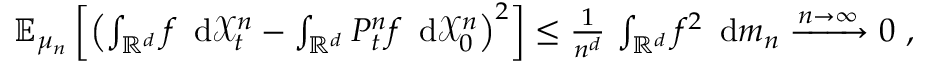
\begin{array} { r } { { \mathbb E } _ { \mu _ { n } } \left[ \left( \int _ { { \mathbb R } ^ { d } } f \, \mathrm { \normalfont ~ d } \ensuremath { \mathcal X } _ { t } ^ { n } - \int _ { { \mathbb R } ^ { d } } P _ { t } ^ { n } f \, \mathrm { \normalfont ~ d } \ensuremath { \mathcal X } _ { 0 } ^ { n } \right) ^ { 2 } \right] \le \frac { 1 } { n ^ { d } } \, \int _ { { \mathbb R } ^ { d } } f ^ { 2 } \, \mathrm { \normalfont ~ d } m _ { n } \xrightarrow { n \to \infty } 0 \ , } \end{array}